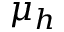
\mu _ { h }